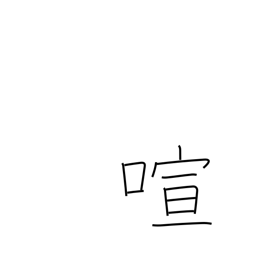
Meaning: boisterous